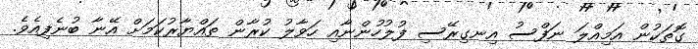
ގޮތަކުން އަމިއްލަ ނަފްސު އިނގިރޭސި ފުލުހުންނާއި ހަވާލު ކުރާން ތައްޔާރުކަމަށް އޭނާ ބުނެފިއެވެ.